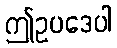
ဤဥပဒေပါ